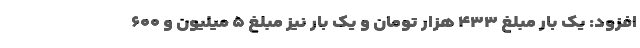
افزود: یک بار مبلغ ۴۳۳ هزار تومان و یک بار نیز مبلغ ۵ میلیون و ۶۰۰